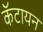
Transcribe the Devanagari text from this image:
कॅटायन